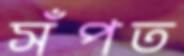
সঁপত